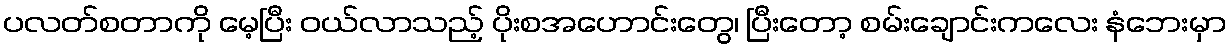
ပလတ်စတာကို မေ့ပြီး ဝယ်လာသည့် ပိုးစအဟောင်းတွေ၊ ပြီးတော့ စမ်းချောင်းကလေး နံဘေးမှာ